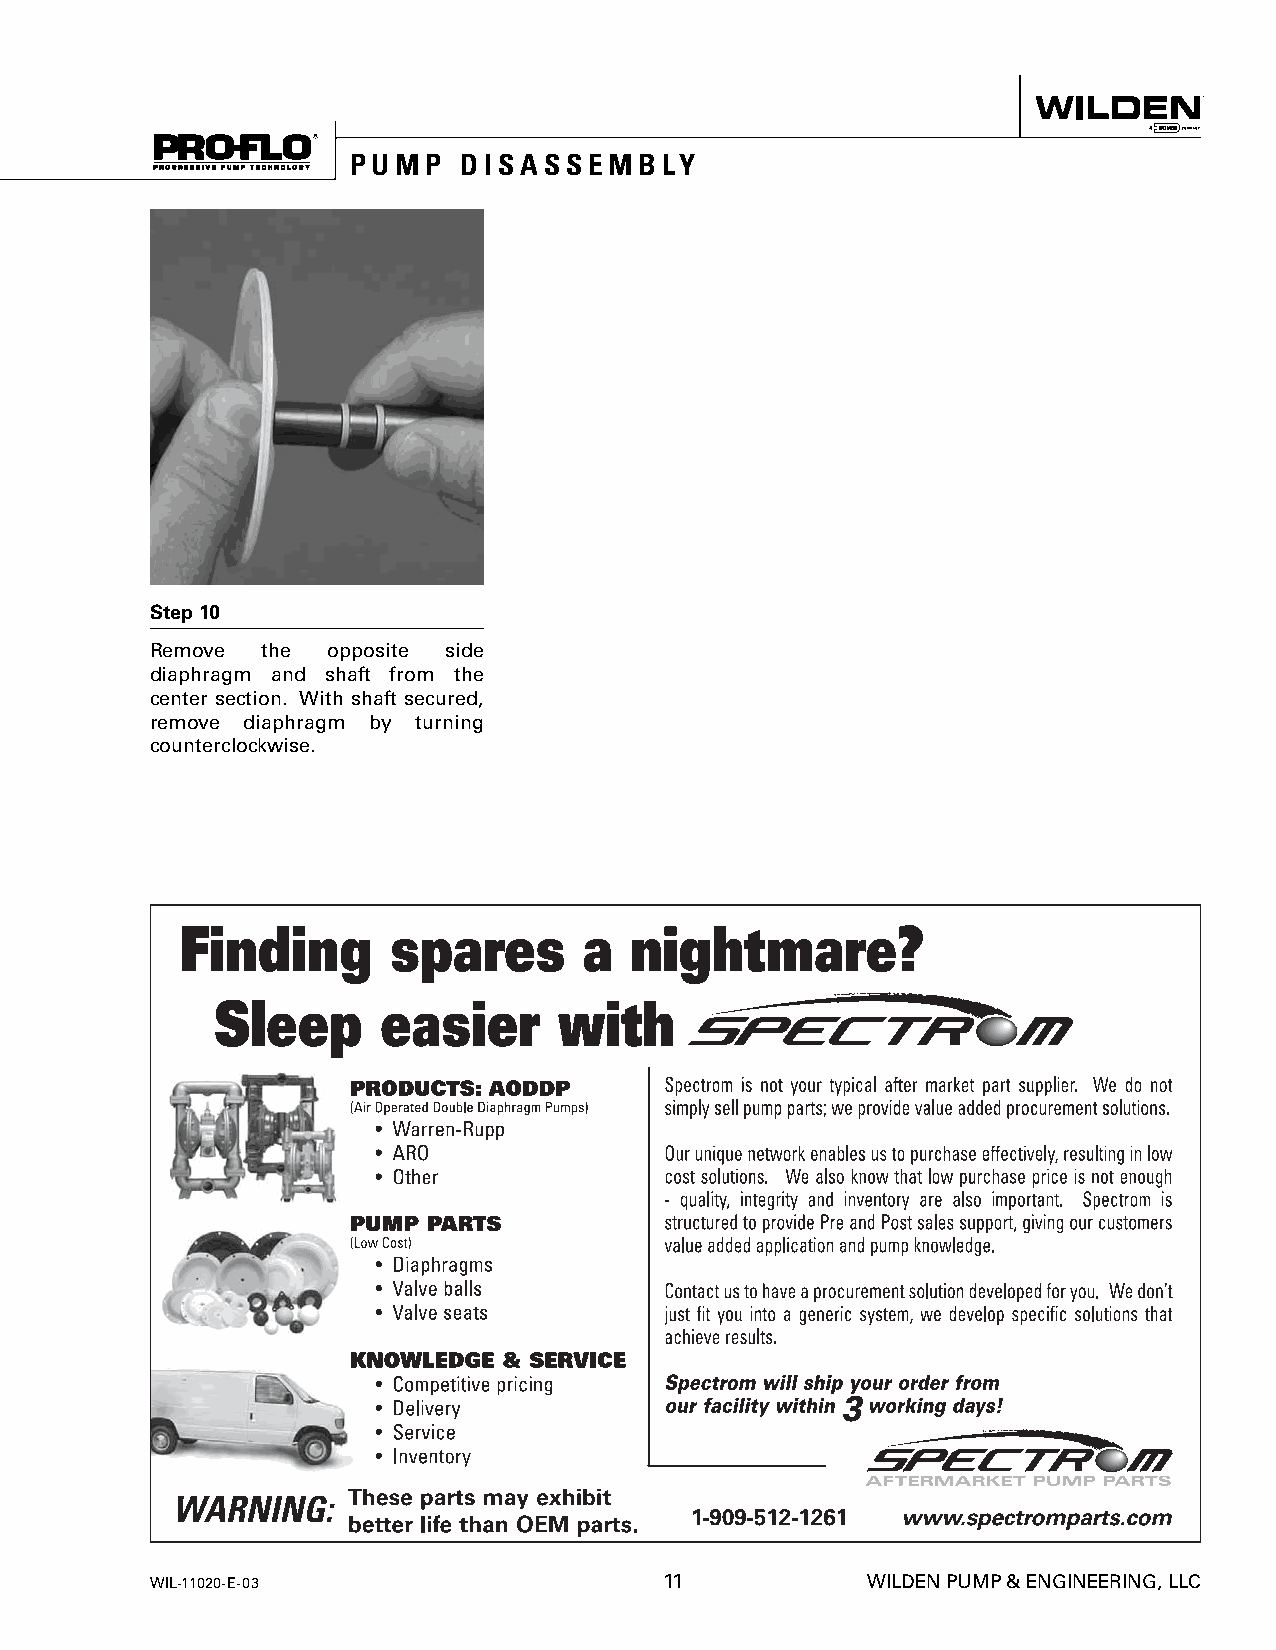
PUMP    DISASSEMBLY
 Step 10
 Remove the  opposite side
 diaphragm and shaft from the
 center section. With shaft secured,
 remove diaphragm by turning
 counterclockwise.
 WIL-11020-E-03                    11           WILDEN PUMP & ENGINEERING, LLC